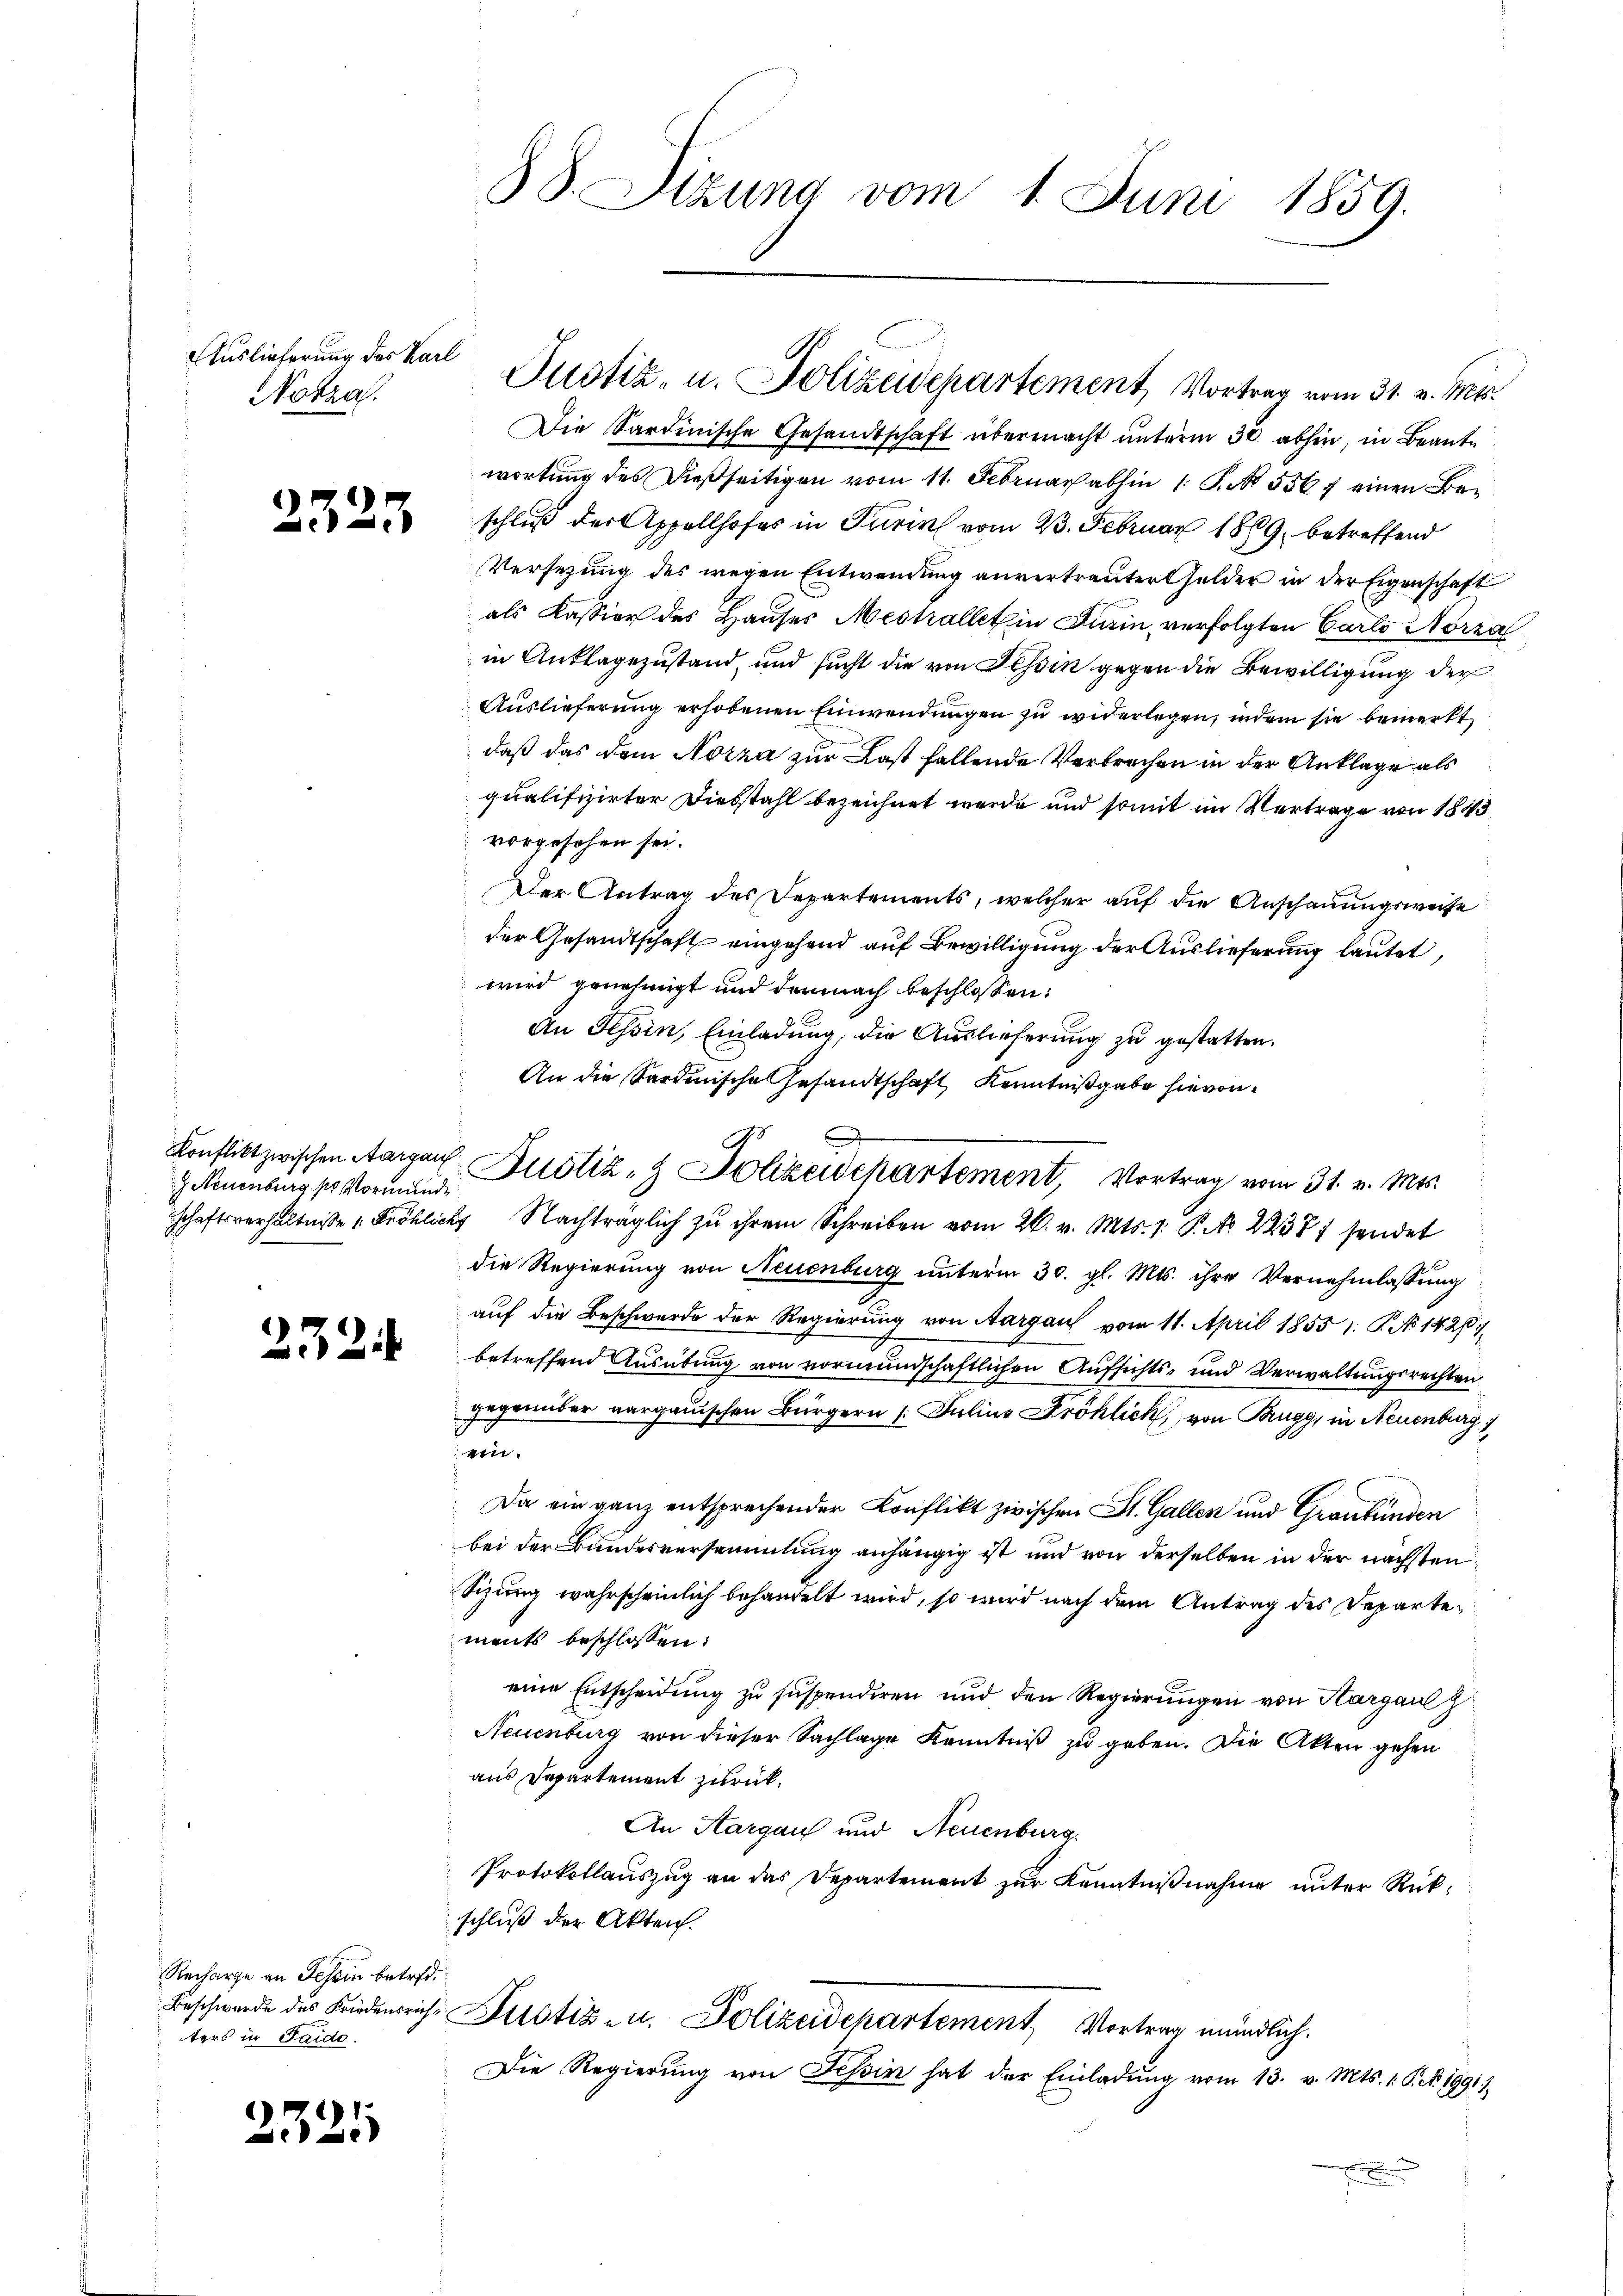
Auslieferung des Karl
Notza.

2325

Neuenburg, pr Vormunde

232.

Recharge an Schein betretters in Saido.

2321

Die Sardinische Gesandtschaft übermacht unterm 30. abhin, in Beante
wortung des dießseitigen vom 11. Februar abhin 1 S. 5567 einen Beschluß der Appellhofes in Turin vom 23. Februar 1869 betreffend
Versehung des wegen Entwendung anvertrauter Gelder in der Eigenschaft
als Kassion des Hauses Mestallet in Turin, verfolgten Carlo Nörza
in Anklagezustand, und sucht die von Tessin gegen die Bewilligung der
Auslieferung erhobenen Einwendungen zu widerlegen, indem sie bemerkt
daß das dem Norza zur Last fallende Verbrechen in der Anklage als
qualifizirter Diebstahl bezeichnet werde und somit im Vertrage von 1883
vorgesehen sei.
Der Antrag des Departements, welcher auf die Anschauungsweise
der Gesandtschaft eingehend auf Bewilligung der Auslieferung lautet
wird genehmigt und der nach beschlossen:
An Tessin, Einladung, die Auslieferung zu gestatten.
An die Sardinische Gesandtschaft Kenntnißgabe hievon
Konflikt zwischen Aargar Justiz- & Polizeidepartement, Vortrag vom 31. v. Mts.
schaftsverhältnisse Fröhlich Nachträglich zu ihrem Schreiben vom 26. v. Mts. 1. P. No 22387 sendet
die Regierung von Neuenburg unterm 30. gl. Mts. ihre Vernehmlassung
auf die Beschwerde der Regierung von Aargau vom 11. April 1855 1: P. No 1420
betreffend Ausübung von vormundschaftlichen Aufsichts- und Verwaltungsrechten
gegenüber aargauischen Bürgern / Julius Fröhlich, von Brugg, in Neuenburg
ein.
Da ein ganz entsprechender Konflikt zwischen St. Gallen und Graubünden
bei der Bundesversammlung anhängig ist und von derselben in der nächsten
Sizung wahrscheinlich behandelt wird, so wird nach dem Antrag des Departements beschlossen:
eine Entscheidung zu suspendiren und den Regierungen von Aargau z
Neuenburg von dieser Sachlage Kenntniß zu geben. Die Akten gehen
aus Departement zurück.
An Aargau und Neuenburg.
Protokollauszug an das Departement zur Kenntnißnahme unter Rück-
schluß der Akten.
Beschwerde des Friedensrich Fristiz- u. Polizeidchartement, Vortrag mündlich.
Die Regierŭng von Tessin hat der Einladŭng vom 13. v. Mts. 1. P. Nr. 1991)

38. Sizung vom 1. Juni 1859.

Justiz- u. Polizeidepartement, Vortrag vom 31. v. Mts.